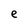
Character: e